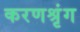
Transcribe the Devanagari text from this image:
करणश्रृंग